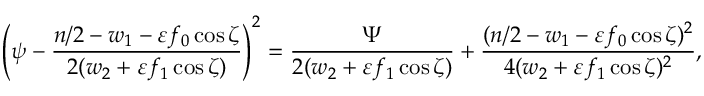
\left( \psi - \frac { n / 2 - w _ { 1 } - \varepsilon f _ { 0 } \cos \zeta } { 2 ( w _ { 2 } + \varepsilon f _ { 1 } \cos \zeta ) } \right) ^ { 2 } = \frac { \Psi } { 2 ( w _ { 2 } + \varepsilon f _ { 1 } \cos \zeta ) } + \frac { ( n / 2 - w _ { 1 } - \varepsilon f _ { 0 } \cos \zeta ) ^ { 2 } } { 4 ( w _ { 2 } + \varepsilon f _ { 1 } \cos \zeta ) ^ { 2 } } ,